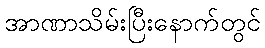
အာဏာသိမ်းပြီးနောက်တွင်